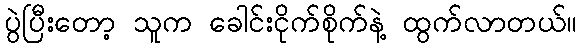
ပွဲပြီးတော့ သူက ခေါင်းငိုက်စိုက်နဲ့ ထွက်လာတယ်။